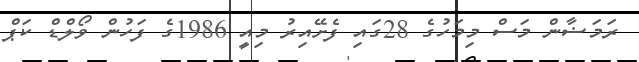
ރަމަޟާން މަސް މިމަހުގެ 28ގައި ފެށޭއިރު މިއީ 1986ގެ ފަހުން ވޯލްޑް ކަޕް